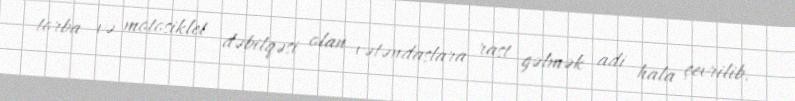
torba və motosiklet dəbilqəsi olan vətəndaşlara rast gəlmək adi hala çevrilib.